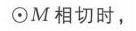
\(\odot M\)相切时，